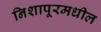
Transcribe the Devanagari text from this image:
निशापूरमधील